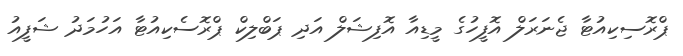
ޕްރޮސިކިއުޓާ ޖެނަރަލް އޮފީހުގެ މީޑިއާ އޮފިޝަލް އަދި ޕަބްލިކް ޕްރޮސެކިއުޓާ އަހުމަދު ޝަފީއު